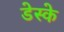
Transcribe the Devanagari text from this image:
डेस्के